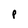
Character: P